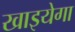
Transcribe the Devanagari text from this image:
खाइयेगा